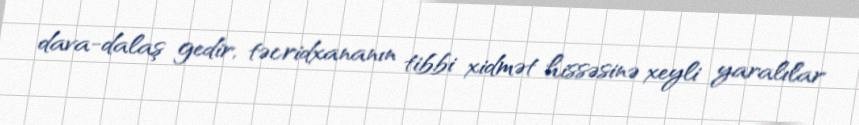
dava-dalaş gedir, təcridxananın tibbi xidmət hissəsinə xeyli yaralılar